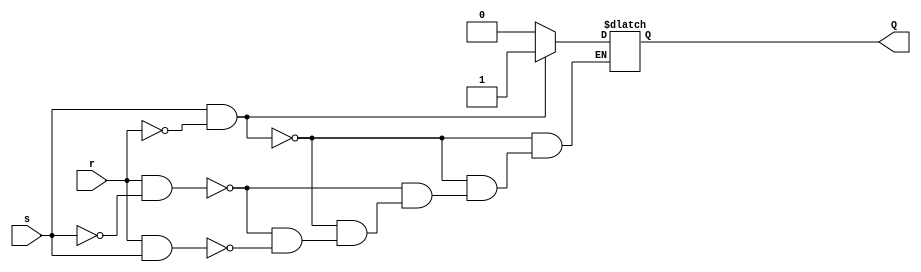
module SRLatch (
	input s, r,
	output Q
	);
	

reg out;

always @(*)
	begin 
		if (s & ~r) out = 1'b1;
		else if (r & ~s) out = 1'b0;
		else if (r & s) out = 1'b0;
	end

assign Q = out;


endmodule